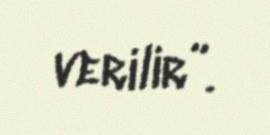
verilir”.